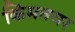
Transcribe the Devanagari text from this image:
किंमतवर